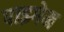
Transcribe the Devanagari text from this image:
पाइगेम